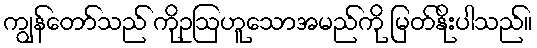
ကျွန်တော်သည် ကိုဥဩဟူသောအမည်ကို မြတ်နိုးပါသည်။